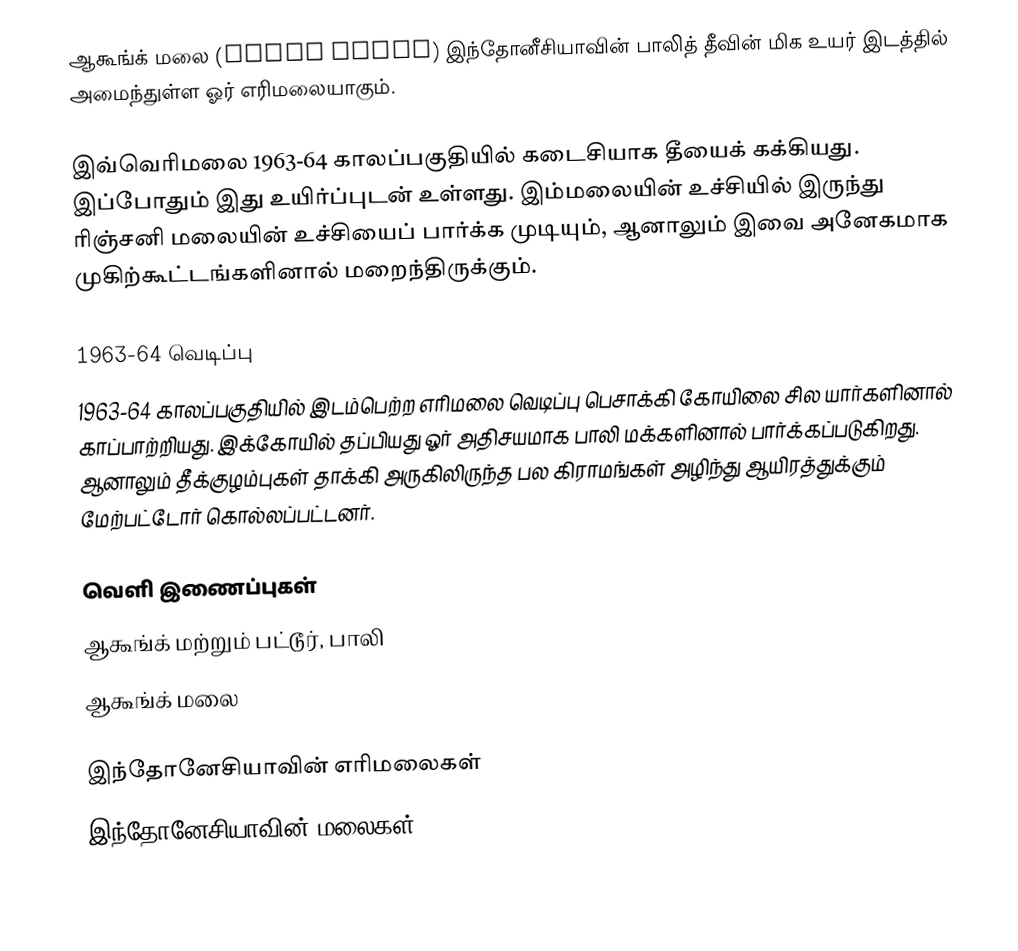
ஆகூங்க் மலை (Mount Agung) இந்தோனீசியாவின் பாலித் தீவின் மிக உயர் இடத்தில் அமைந்துள்ள ஓர் எரிமலையாகும்.

இவ்வெரிமலை 1963-64 காலப்பகுதியில் கடைசியாக தீயைக் கக்கியது. இப்போதும் இது உயிர்ப்புடன் உள்ளது. இம்மலையின் உச்சியில் இருந்து ரிஞ்சனி மலையின் உச்சியைப் பார்க்க முடியும், ஆனாலும் இவை அனேகமாக முகிற்கூட்டங்களினால் மறைந்திருக்கும்.

1963-64 வெடிப்பு
1963-64 காலப்பகுதியில் இடம்பெற்ற எரிமலை வெடிப்பு பெசாக்கி கோயிலை சில யார்களினால் காப்பாற்றியது. இக்கோயில் தப்பியது ஓர் அதிசயமாக பாலி மக்களினால் பார்க்கப்படுகிறது. ஆனாலும் தீக்குழம்புகள் தாக்கி அருகிலிருந்த பல கிராமங்கள் அழிந்து ஆயிரத்துக்கும் மேற்பட்டோர் கொல்லப்பட்டனர்.

வெளி இணைப்புகள்
ஆகூங்க் மற்றும் பட்டூர், பாலி
ஆகூங்க் மலை

இந்தோனேசியாவின் எரிமலைகள்
இந்தோனேசியாவின் மலைகள்